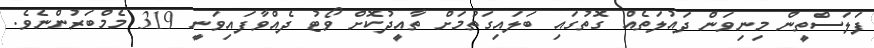
ފަލަަސްތީން މިނިވަން ދައުލަތެއް ގޮތުގައި ބަލައިގަތުމަށް ތާއީދުކޮށް ވޯޓު ދެއްވާފައިވަނީ 319 މެމްބަރުންނެވެ.